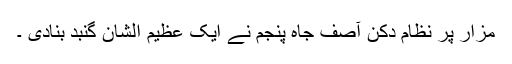
مزار پر نظام دکن آصف جاہ پنجم نے ایک عظیم الشان گنبد بنادی ۔